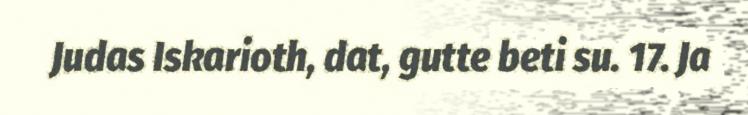
Judas Iskarioth, dat, gutte beti su. 17. Ja